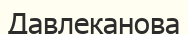
Давлеканова